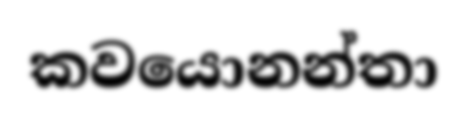
කවයොනන්තා